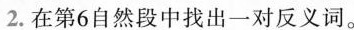
2.在第6自然段中找出一对反义词。